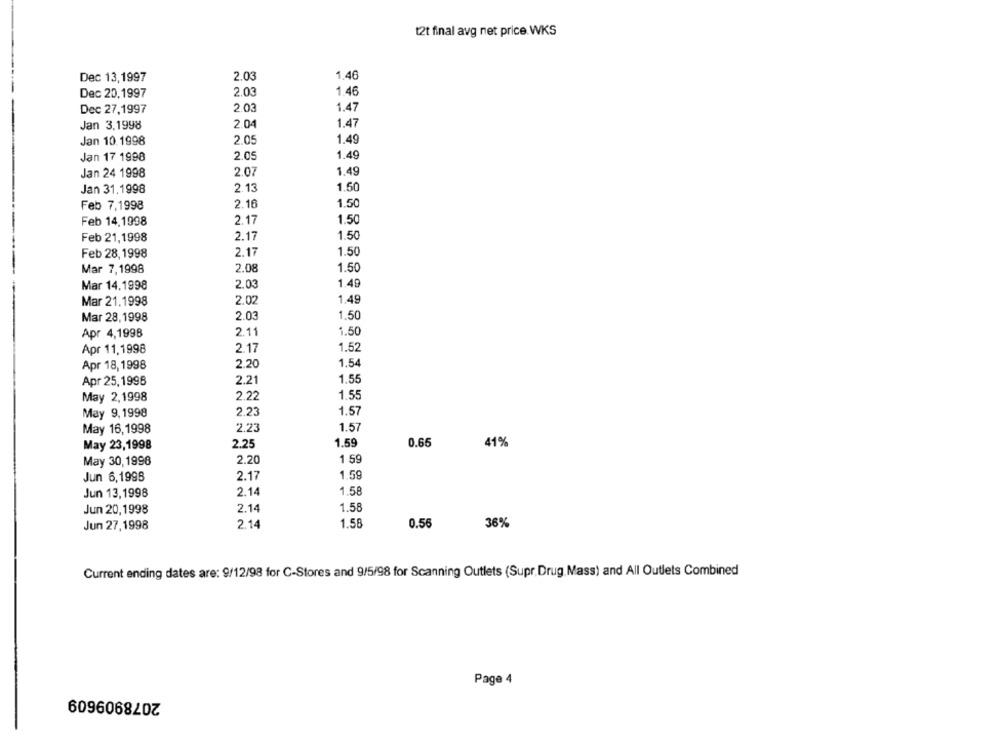
12t final avg net price. WKS
Dec 13,1997
2.03
1.46
Dec 20,1997
2.03
1.46
Dec 27,1997
2.03
1.47
Jan 3,1998
2.04
1.47
Jan 10.1998
2.05
1.49
1.49
Jan 17 1998
2.05
Jan 24 1998
2.07
1.49
Jan 31,1998
2.13
1.50
Feb 7,1998
2.16
1.50
Feb 14.1998
2.17
1.50
Feb 21,1998
2.17
1.50
2.17
1.50
Feb 28, 1998
1.50
Mar 7,1998
2.08
1.49
Mar 14.1998
2.03
Mar 21.1998
2.02
1.49
Mar 28,1998
2.03
1.50
Apr 4,1998
2.11
1.50
2.17
1.52
Apr 11,1998
2.20
1.54
Apr 18, 1998
1.55
Apr 25,1998
2.21
May 2,1998
2.22
1.55
May 9, 1998
2.23
1.57
May 16,1998
2.23
1.57
May 23,1998
2.25
1.59
0.65
41%
May 30, 1998
2.20
1 59
1.59
Jun 6,1998
2.17
Jun 13,1998
2.14
1.58
Jun 20,1998
2.14
1.58
Jun 27,1998
2.14
1.58
0.56
36%
Current ending dates are: 9/12/98 for C-Stores and 9/5/98 for Scanning Outlets (Supr,Drug, Mass) and All Outlets Combined
Page 4